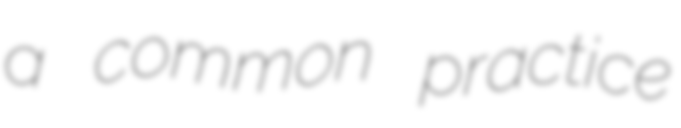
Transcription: a common practice